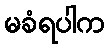
မခံရပါက